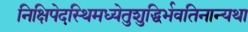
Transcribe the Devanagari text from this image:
निक्षिपेदस्थिमध्येतुशुद्धिर्भवतिनान्यथा